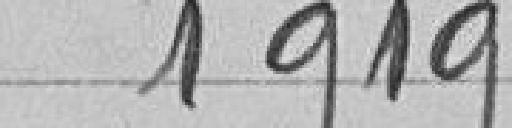
Classe 1919